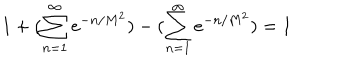
1 + ( \sum _ { n = 1 } ^ { \infty } e ^ { - n / M ^ { 2 } } ) - ( \sum _ { n = 1 } ^ { \infty } e ^ { - n / M ^ { 2 } } ) = 1